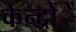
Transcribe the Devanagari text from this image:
केन्द्रोंें